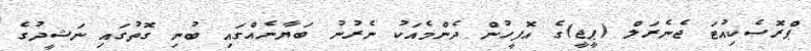
ޕްރޮސެކިއުޓަ ޖެނެރަލް (ޕީޖީ)ގެ އޮފީހުން ދެންމެއަކު ނެރުނު ބަޔާނެއްގައި ބުނި ގޮތުގައި ނަޝީދުގެ